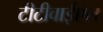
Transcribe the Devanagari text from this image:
टीटीवाईएल